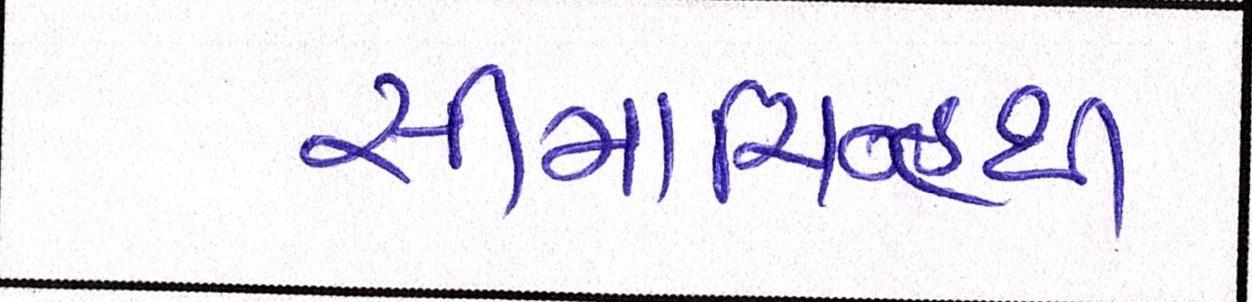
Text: સીમાચિન્હથી